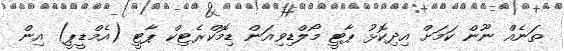
ތަނެއް ނޫން ކަމަށް އިދިކޮޅު ޕާޓީ މޯލްޑިވިއަން ޑިމޮކްރެޓިކް ޕާޓީ (އެމްޑީޕީ) އިން